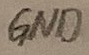
Text: GND